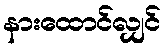
နားထောင်လျှင်